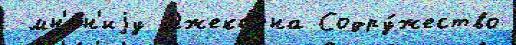
 мн'е́н'иjу Джексона Содру́жество